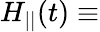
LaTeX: H_{||}(t)\equiv